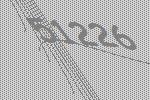
51226